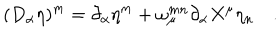
LaTeX: ( D _ { \alpha } \eta ) ^ { m } = \partial _ { \alpha } \eta ^ { m } + \omega _ { \mu } ^ { m n } \partial _ { \alpha } X ^ { \mu } \eta _ { n } \quad .